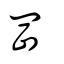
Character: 岡